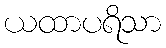
ယထာပရိသာ